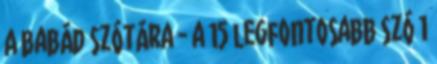
A babád szótára - a 15 legfontosabb szó 1